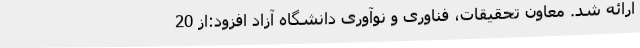
ارائه شد. معاون تحقیقات، فناوری و نوآوری دانشگاه آزاد افزود:از 20